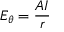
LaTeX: E _ { \theta } = { \frac { A I } { r } }